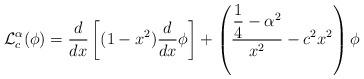
LaTeX: \begin{align*}\mathcal{L}_c^{\alpha}(\phi)=\dfrac{d}{dx} \left[ (1-x^2)\dfrac{d}{dx} \phi \right]+\left(\dfrac{\dfrac{1}{4}-\alpha^2}{x^2}-c^2x^2\right)\phi\end{align*}